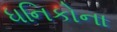
ધનિકોના